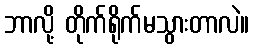
ဘာလို့ တိုက်ရိုက်မသွားတာလဲ။